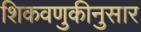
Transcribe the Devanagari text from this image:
शिकवणुकीनुसार